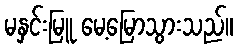
မနှင်းမြူ မေ့မြောသွားသည်။